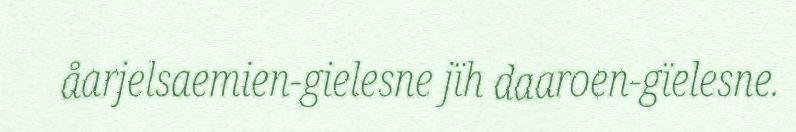
åarjelsaemien-gielesne jïh daaroen-gïelesne.